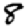
Digit: 8